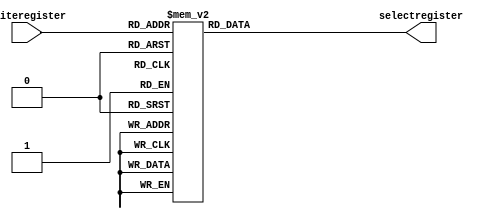
/******************************************************************
* description
*	this a decoder used in the register file.
*	1.0
* author:
*	dr. jos luis pizano escalante
* email:
*	luispizano@iteso.mx
* date:
*	01/03/2014
******************************************************************/
module decoderregisterfile
(
	input [4:0] writeregister,
	output [31:0] selectregister
);
reg [31:0] selectregister_reg;

always@(*)begin
	case(writeregister)
		0:   selectregister_reg = 32'b0000_0000_0000_0000_0000_0000_0000_0001;
		1:	  selectregister_reg = 32'b0000_0000_0000_0000_0000_0000_0000_0010;
		2:	  selectregister_reg = 32'b0000_0000_0000_0000_0000_0000_0000_0100;
		3:	  selectregister_reg = 32'b0000_0000_0000_0000_0000_0000_0000_1000;
		4:	  selectregister_reg = 32'b0000_0000_0000_0000_0000_0000_0001_0000;		
		5:	  selectregister_reg = 32'b0000_0000_0000_0000_0000_0000_0010_0000;
		6:	  selectregister_reg = 32'b0000_0000_0000_0000_0000_0000_0100_0000;
		7:	  selectregister_reg = 32'b0000_0000_0000_0000_0000_0000_1000_0000;
		8:	  selectregister_reg = 32'b0000_0000_0000_0000_0000_0001_0000_0000;
		9:	  selectregister_reg = 32'b0000_0000_0000_0000_0000_0010_0000_0000;
		10:  selectregister_reg = 32'b0000_0000_0000_0000_0000_0100_0000_0000;
		11:  selectregister_reg = 32'b0000_0000_0000_0000_0000_1000_0000_0000;
		12:  selectregister_reg = 32'b0000_0000_0000_0000_0001_0000_0000_0000;
		13:  selectregister_reg = 32'b0000_0000_0000_0000_0010_0000_0000_0000;
		14:  selectregister_reg = 32'b0000_0000_0000_0000_0100_0000_0000_0000;
		15:  selectregister_reg = 32'b0000_0000_0000_0000_1000_0000_0000_0000;
		16:  selectregister_reg = 32'b0000_0000_0000_0001_0000_0000_0000_0000;
		17:  selectregister_reg = 32'b0000_0000_0000_0010_0000_0000_0000_0000;
		18:  selectregister_reg = 32'b0000_0000_0000_0100_0000_0000_0000_0000;
		19:  selectregister_reg = 32'b0000_0000_0000_1000_0000_0000_0000_0000;
		20:  selectregister_reg = 32'b0000_0000_0001_0000_0000_0000_0000_0000;
		21:  selectregister_reg = 32'b0000_0000_0010_0000_0000_0000_0000_0000;		
		22:  selectregister_reg = 32'b0000_0000_0100_0000_0000_0000_0000_0000;
		23:  selectregister_reg = 32'b0000_0000_1000_0000_0000_0000_0000_0000;
		24:  selectregister_reg = 32'b0000_0001_0000_0000_0000_0000_0000_0000;
		25:  selectregister_reg = 32'b0000_0010_0000_0000_0000_0000_0000_0000;
		26:  selectregister_reg = 32'b0000_0100_0000_0000_0000_0000_0000_0000;
		27:  selectregister_reg = 32'b0000_1000_0000_0000_0000_0000_0000_0000;
		28:  selectregister_reg = 32'b0001_0000_0000_0000_0000_0000_0000_0000;
		29:  selectregister_reg = 32'b0010_0000_0000_0000_0000_0000_0000_0000;
		30:  selectregister_reg = 32'b0100_0000_0000_0000_0000_0000_0000_0000;
		31:  selectregister_reg = 32'b1000_0000_0000_0000_0000_0000_0000_0000;
	endcase
end

assign selectregister = selectregister_reg;

endmodule
//decoderregisterfile